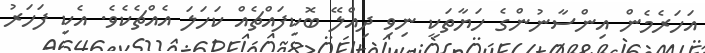
އަހަރެމެން އިންސާނުންގެ ހަޔާތަކީ ނިވި ދިއްލޭ ބޮކިފައްޗެއް ކަހަލަ އެއްޗެކެވެ. އެކި ފަހަރު